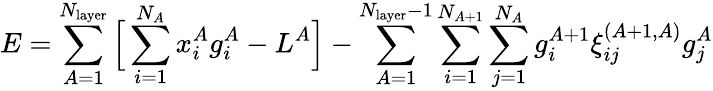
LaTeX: E=\sum_{A=1}^{N_{\mathrm{layer}}}{\Big[}\sum_{i=1}^{N_{A}}x_{i}^{A}g_{i}^{A}-L^{A}{\Big]}-\sum_{A=1}^{N_{\mathrm{layer}}-1}\sum_{i=1}^{N_{A+1}}\sum_{j=1}^{N_{A}}g_{i}^{A+1}\xi_{ij}^{(A+1,A)}g_{j}^{A}